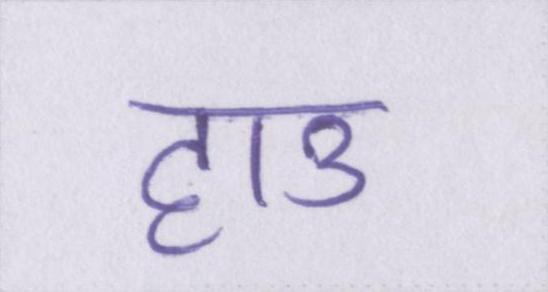
हाउ